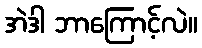
အဲဒါ ဘာကြောင့်လဲ။